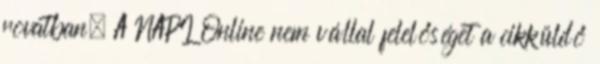
rovatban. A NAPI Online nem vállal felelőséget a cikküldő